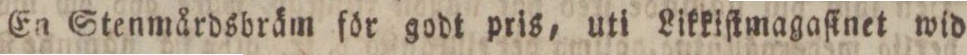
En Stenmårdsbräm för godt pris, uti Likkiſtmagaſinet wid